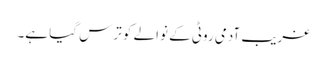
غریب آدمی روٹی کے نوالے کو ترس گیا ہے۔